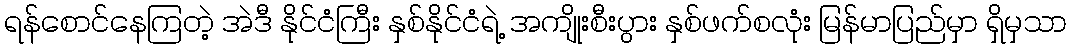
ရန်စောင်နေကြတဲ့ အဲဒီ နိုင်ငံကြီး နှစ်နိုင်ငံရဲ့ အကျိုးစီးပွား နှစ်ဖက်စလုံး မြန်မာပြည်မှာ ရှိမှသာ